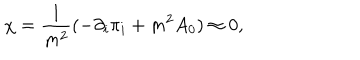
\chi = \frac { 1 } { m ^ { 2 } } ( - \partial _ { i } \pi _ { i } + m ^ { 2 } A _ { 0 } ) \approx 0 ,